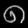
Digit: ၈